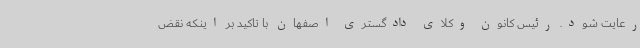
رعایت شود. رئیس کانون وکلای دادگستری اصفهان با تاکید بر اینکه نقض